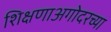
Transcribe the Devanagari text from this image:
शिक्षणाअगोदरच्या